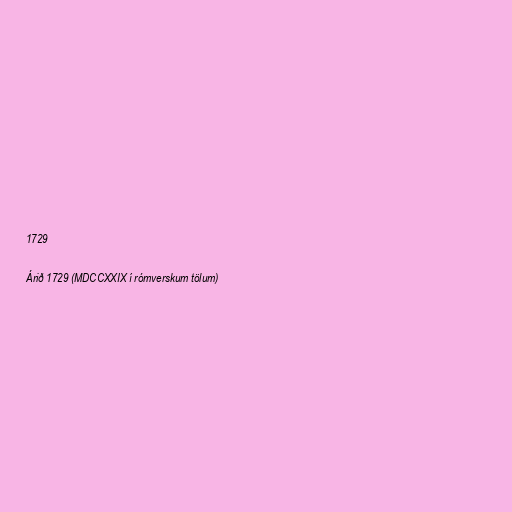
1729

Árið 1729 (MDCCXXIX í rómverskum tölum)